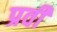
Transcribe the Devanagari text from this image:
प्रवी